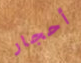
أحجار